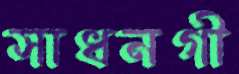
সাধনগী